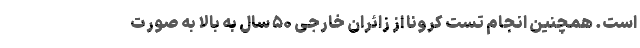
است. همچنین انجام تست کرونا از زائران خارجی ۵۰ سال به بالا به صورت